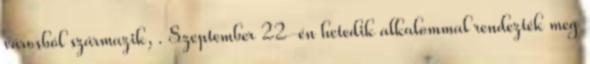
városból származik, . Szeptember 22-én hetedik alkalommal rendezték meg